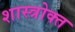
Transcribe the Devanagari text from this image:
शास्‍त्रोक्‍त